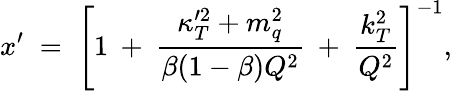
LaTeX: x^{\prime}\; =\; \left[1\: +\: \frac{\kappa_{T}^{\prime 2}+m_{q}^{2}}{\beta(1-\beta)Q^{2}}\: +\: \frac{k_{T}^{2}}{Q^{2}}\right]^{-1},